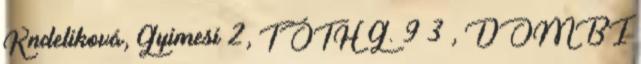
Kndeliková, Gyimesi 2, TÓTH G. 9 3 , DOMBI